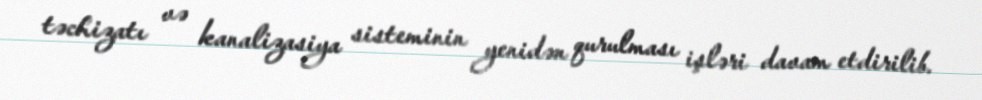
təchizatı və kanalizasiya sisteminin yenidən qurulması işləri davam etdirilib.